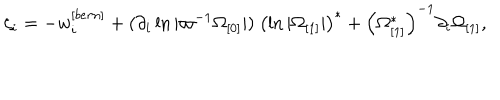
\zeta _ { i } = - w _ { i } ^ { [ b e r n ] } + ( \partial _ { i } \ln | \varpi ^ { - 1 } \Omega _ { \lbrack 0 ] } | ) ~ \left( \ln | \Omega _ { \lbrack 1 ] } | \right) ^ { \ast } + \left( \Omega _ { \lbrack 1 ] } ^ { \ast } \right) ^ { - 1 } \partial _ { i } \Omega _ { \lbrack 1 ] } ,